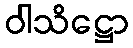
ဝါသိဋ္ဌော